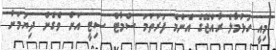
މިއީ ހުޅުމާލެ ރާއްޖޭގެ އެންމެ ފުރަތަމަ ސްމާޓް ސިޓީ އަށް ވެގެން ދިޔުމަށް